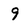
Character: 9